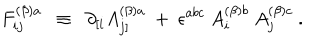
F _ { i j } ^ { ( \beta ) a } ~ ~ \equiv ~ ~ \partial _ { [ i } A _ { j ] } ^ { ( \beta ) a } ~ + ~ \epsilon ^ { a b c } ~ A _ { i } ^ { ( \beta ) b } ~ A _ { j } ^ { ( \beta ) c } ~ .